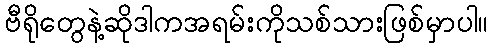
ဗီရိုတွေနဲ့ဆိုဒါကအရမ်းကိုသစ်သားဖြစ်မှာပါ။